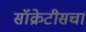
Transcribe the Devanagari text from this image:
सॉक्रेटीसचा